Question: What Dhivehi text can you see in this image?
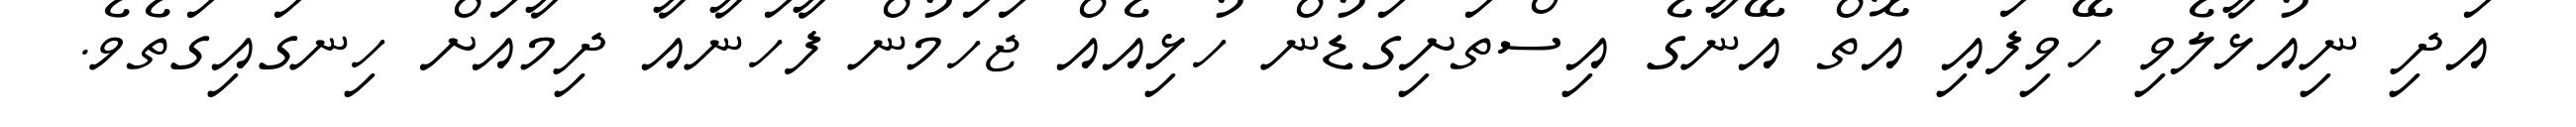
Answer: އަދި ނިއުޅާލެވި ހޭވިފައި އޮތް އޭނާގެ އިސްތަށިގަޑުން ހުޅިއެއް ޖަހަމުން ފާހަނާއާ ދިމާއަށް ހިނގައިގަތެވެ.